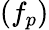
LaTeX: (f_{p})